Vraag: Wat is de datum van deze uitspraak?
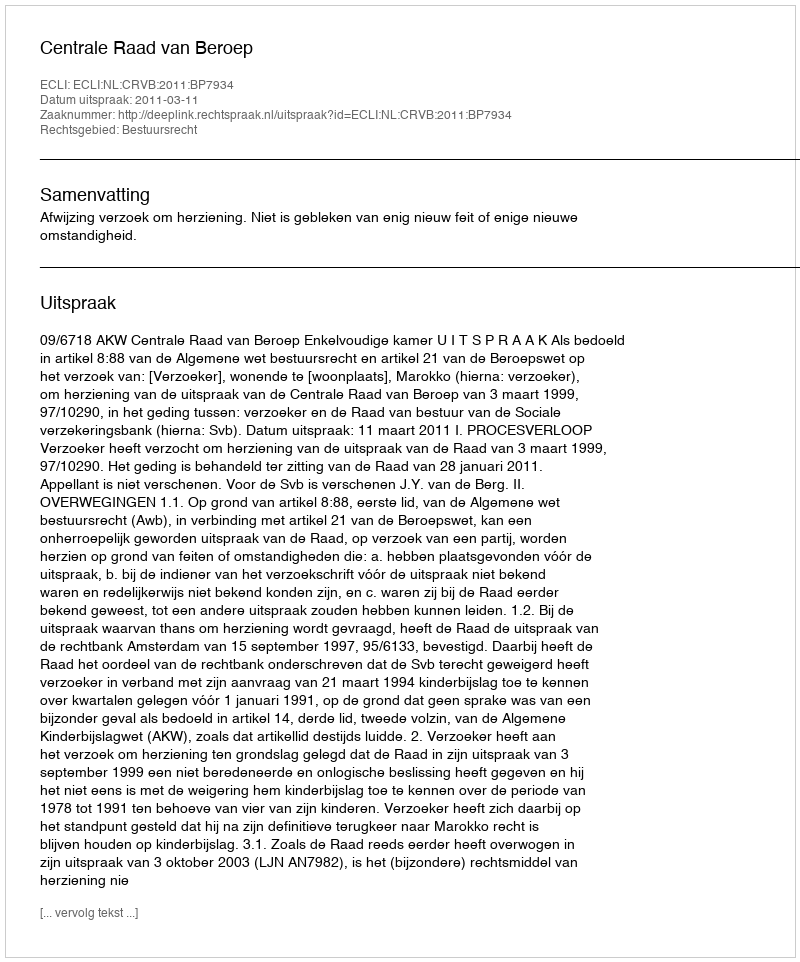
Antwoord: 2011-03-11